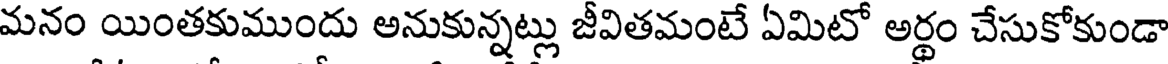
మనం యింతకుముందు అనుకున్నట్లు జీవితమంటే ఏమిటో అర్థం చేసుకోకుండా